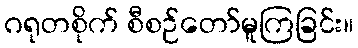
ဂရုတစိုက် စီစဉ်တော်မူကြခြင်း။